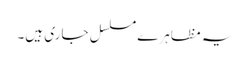
یہ مظاہرے مسلسل جاری ہیں۔